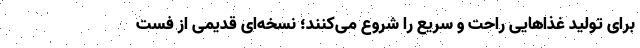
برای تولید غذاهایی راحت و سریع را شروع می‌کنند؛ نسخه‌ای قدیمی از فست